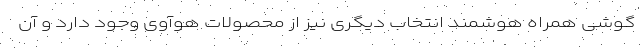
گوشی همراه هوشمند انتخاب دیگری نیز از محصولات هوآوی وجود دارد و آن